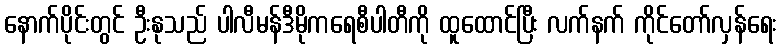
နောက်ပိုင်းတွင် ဦးနုသည် ပါလီမန်ဒီမိုကရေစီပါတီကို ထူထောင်ပြီး လက်နက် ကိုင်တော်လှန်ရေး